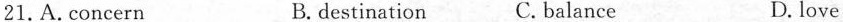
21. A. concern B. destination C. balance D. love